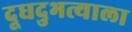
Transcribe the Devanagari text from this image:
दूधदुभत्याला